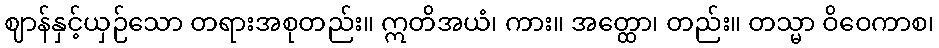
ဈာန်နှင့်ယှဉ်သော တရားအစုတည်း။ ဣတိအယံ၊ ကား။ အတ္ထော၊ တည်း။ တသ္မာ ဝိဝေကာစ၊